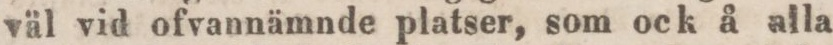
väl vid ofvannämnde platser, som ock å alla